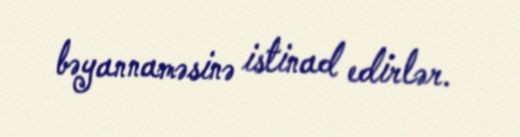
bəyannaməsinə istinad edirlər.